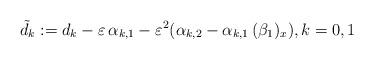
LaTeX: \begin{align*}&\tilde{d}_k:=d_k-\varepsilon\,\alpha_{k, 1}-\varepsilon^2 (\alpha_{k, 2}-\alpha_{k, 1}\, (\beta_1)_x), k=0, 1\end{align*}